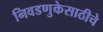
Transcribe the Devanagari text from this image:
निवडणुकेसाठीचे